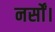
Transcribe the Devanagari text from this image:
नर्सों।